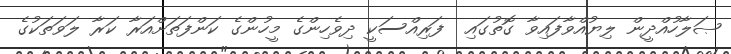
ޞަލާހުއްދީން ލިޔުއްވާފައިވާ ގޮތުގައި  ފަރިއްސަކީ ދިވެހިންގެ މީހުންގެ ކަންފަތަށްއަރާ ކަރާ ލަވަތަކުގެ